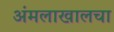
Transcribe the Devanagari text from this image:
अंमलाखालचा